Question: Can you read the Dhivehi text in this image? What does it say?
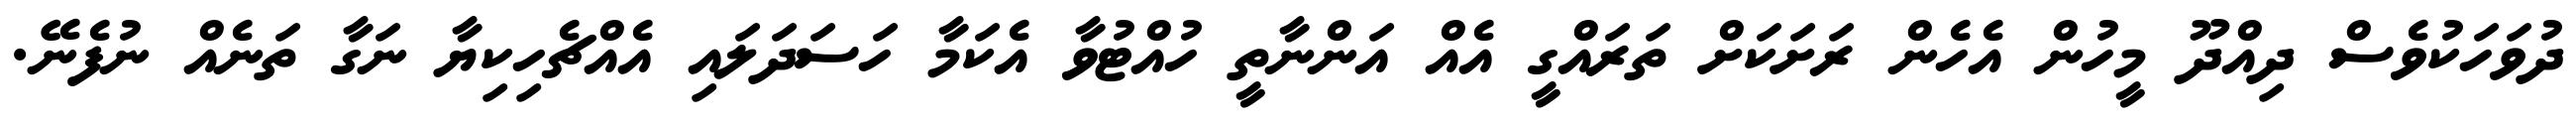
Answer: ދުވަހަކުވެސް ދިއްދޫ މީހުން އެހެން ރަށަކަށް ތަރައްގީ އެއް އަންނާތީ ހުއްޓުވާ އެކަމާ ހަސަދަލައި އެއްޗެހިކިޔާ ނަގާ ތަނެއް ނުފެނޭ.